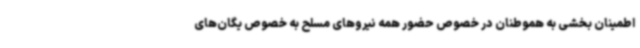
اطمینان بخشی به هموطنان در خصوص حضور همه نیروهای مسلح به خصوص یگان‌های